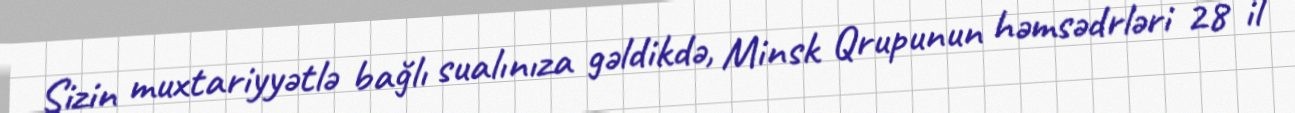
Sizin muxtariyyətlə bağlı sualınıza gəldikdə, Minsk Qrupunun həmsədrləri 28 il